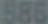
586